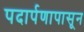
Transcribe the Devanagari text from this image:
पदार्पणापासून